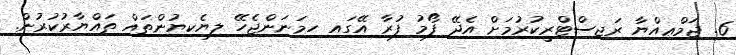
6. ޖަމްޢިއްޔާ ރަޖިސްޓްރީކުރުމަށް އެދޭ ފޯމު ފުރާ އޭގައި ހިމަނަންޖެހޭ ލިޔެކިޔުންތައް ތައްޔާރުކުރުން.